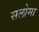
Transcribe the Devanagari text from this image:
सलोमा